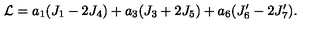
{ \cal L } = a _ { 1 } ( J _ { 1 } - 2 J _ { 4 } ) + a _ { 3 } ( J _ { 3 } + 2 J _ { 5 } ) + a _ { 6 } ( J _ { 6 } ^ { \prime } - 2 J _ { 7 } ^ { \prime } ) .